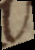
s